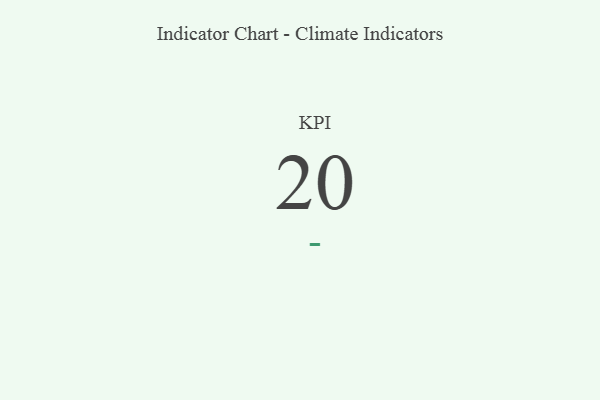
{"axis": {"x": "KPI", "y": "Value"}, "legend": [""], "data": [{"x": "KPI", "y": 20, "type": ""}]}